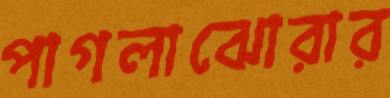
পাগলাঝোরার